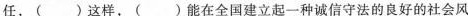
任，（）这样，()能在全国建立起一种诚信守法的良好的社会风